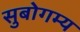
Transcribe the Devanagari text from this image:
सुबोगम्य